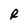
Character: R